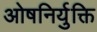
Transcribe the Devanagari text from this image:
ओषनिर्युक्ति